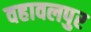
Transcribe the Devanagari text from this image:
वहावलपुर